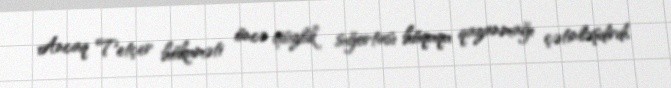
Ancaq Tetçer hökuməti öncə işsizlik sığortası hüququ qazanmağı çətinləşdirdi,